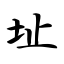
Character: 址